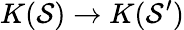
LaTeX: K(\mathcal{S})\rightarrow K(\mathcal{S}^{\prime})